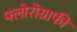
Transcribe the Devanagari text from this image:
फ्लोरोग्राफी